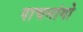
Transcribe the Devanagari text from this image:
पाचनांगो